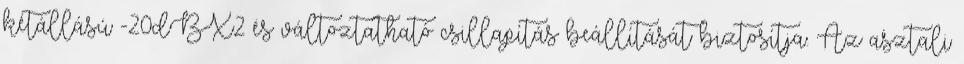
kétállású -20dBX2 és változtatható csillapítás beállítását biztosítja. Az asztali